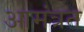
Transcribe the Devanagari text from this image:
आमंत्रत